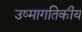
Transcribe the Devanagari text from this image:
उष्मागतिकीय